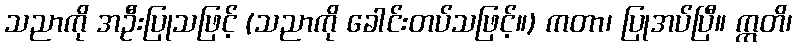
သညာကို အဦးပြုသဖြင့် (သညာကို ခေါင်းတပ်သဖြင့်။) ကတာ၊ ပြုအပ်ပြီ။ ဣတိ၊